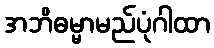
အဘိဓမ္မာမည်ပုံဂါထာ